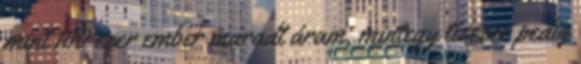
mint 100 ezer ember maradt áram, mintegy tízezer pedig